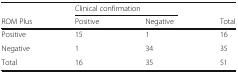
<table><thead><tr><td></td><td colspan="2"><b>Clinical confirmation</b></td><td></td></tr><tr><td><b>ROM Plus</b></td><td><b>Positive</b></td><td><b>Negative</b></td><td><b>Total</b></td></tr></thead><tbody><tr><td>Positive</td><td>15</td><td>1</td><td>16</td></tr><tr><td>Negative</td><td>1</td><td>34</td><td>35</td></tr><tr><td>Total</td><td>16</td><td>35</td><td>51</td></tr></tbody></table>